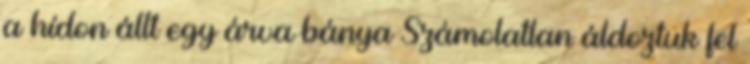
a hídon állt egy árva bánya Számolatlan áldoztuk fel